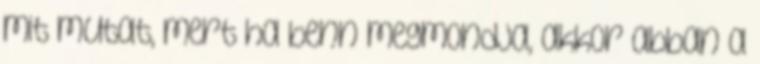
mit mutat, mert ha benn megmondja, akkor abban a